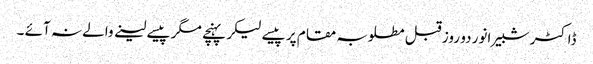
ڈاکٹر شبیر انور دو روز قبل مطلوبہ مقام پر پیسے لیکر پہنچے مگر پیسے لینے والے نہ آئے ۔